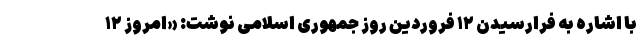
با اشاره به فرارسیدن ۱۲ فروردین روز جمهوری اسلامی نوشت: «امروز ١٢